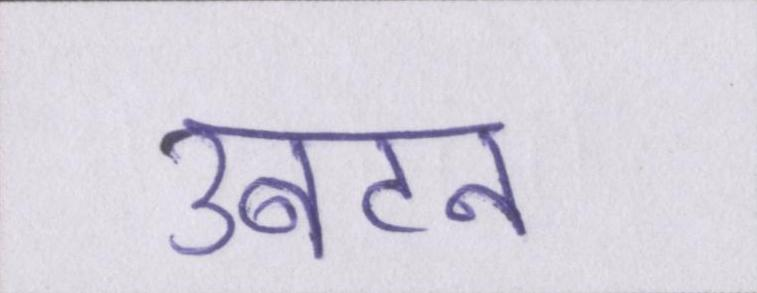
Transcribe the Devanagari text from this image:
उबटन